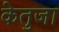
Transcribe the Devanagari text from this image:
केतुजा